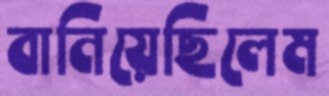
বানিয়েছিলেম